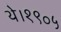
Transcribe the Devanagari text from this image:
थे।१९०५